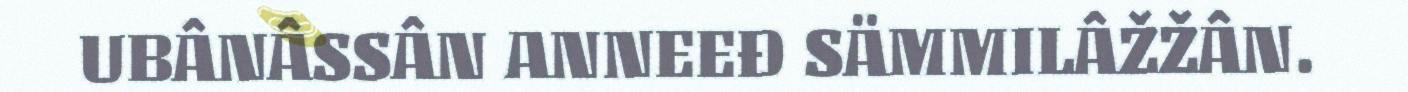
UBÂNÂSSÂN ANNEEĐ SÄMMILÂŽŽÂN.